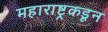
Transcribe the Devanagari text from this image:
महाराष्ट्रकडून